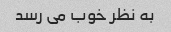
به نظر خوب می رسد